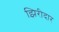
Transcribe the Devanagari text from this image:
झिरीदार